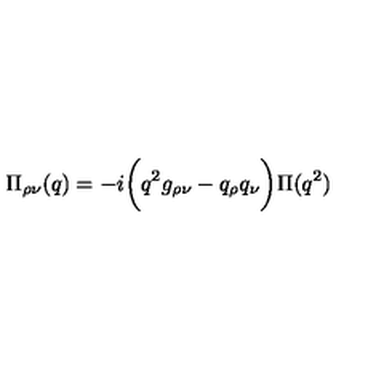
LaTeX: { \Pi } _ { \rho \nu } ( q ) = - i \biggl ( q ^ { 2 } g _ { \rho \nu } - q _ { \rho } q _ { \nu } \biggr ) \Pi ( q ^ { 2 } )